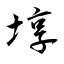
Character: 埻